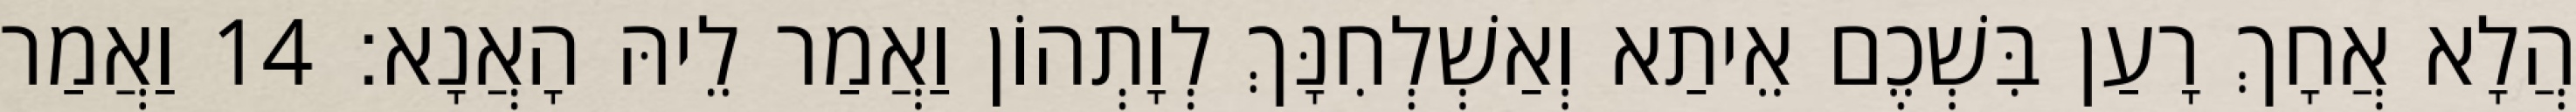
הֲלָא אֲחָךְ רָעַן בִּשְׁכֶם אֵיתַא וְאַשְׁלְחִנָּךְ לְוָתְהוֹן וַאֲמַר לֵיהּ הָאֲנָא׃ 14 וַאֲמַר